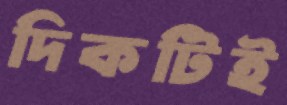
দিকটিই